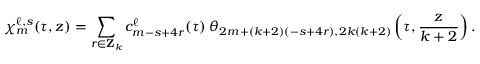
\chi _ { m } ^ { \ell , s } ( \tau , z ) = \sum _ { r \in { \bf Z } _ { k } } c _ { m - s + 4 r } ^ { \ell } ( \tau ) \: \theta _ { 2 m + ( k + 2 ) ( - s + 4 r ) , 2 k ( k + 2 ) } \left( \tau , \frac { z } { k + 2 } \right) .